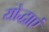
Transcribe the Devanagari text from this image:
योद्धाएं